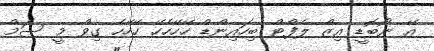
އޭ ނޯބޮޑީ އިޒް ލެފްޓް ބިހައިންޑް ހޭހޭހެހޭ ހޭހޭހެ ގިވް މީ ސަމް